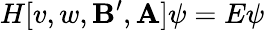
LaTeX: H[v,w,\mathbf{B}^{\prime},\mathbf{A}]\psi=E\psi